Report of the Indian Hemp Drugs Commission, 1894-1895 - Volume IV
Year: 1894
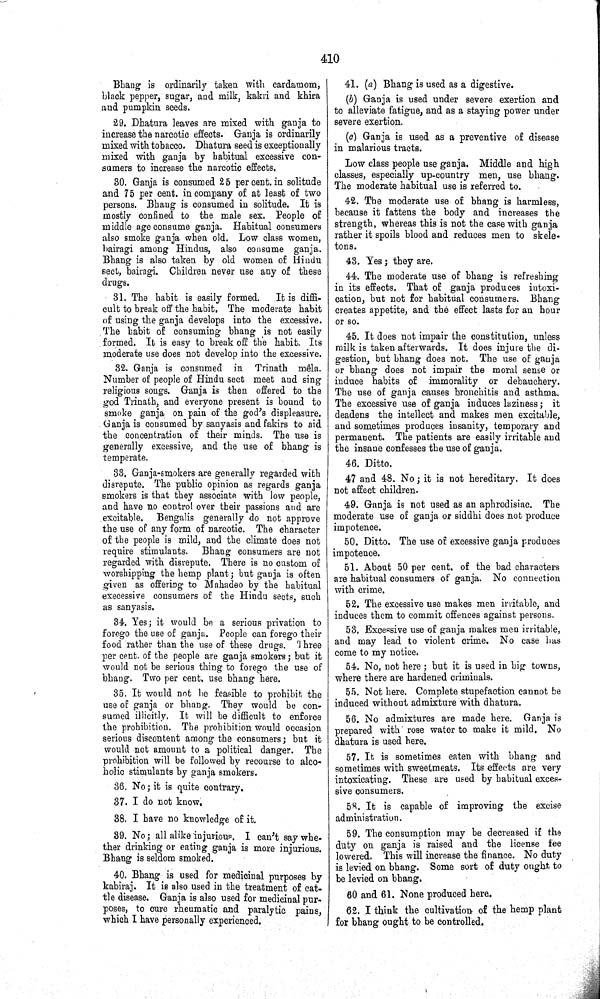
410
Bhang is ordinarily taken with cardamom,
black pepper, sugar, and milk, kakri and khira
and pumpkin seeds.
29. Dhatura leaves are mixed with ganja to
increase the narcotic effects. Ganja is ordinarily
mixed with tobacco. Dhatura seed is exceptionally
mixed with ganja by habitual excessive con-
sumers to increase the narcotic effects.
30. Ganja is consumed 25 per cent. in solitude
and 75 per cent. in company of at least of two
persons. Bhang is consumed in solitude. It is
mostly confined to the male sex. People of
middle age consume ganja. Habitual consumers
also smoke ganja when old. Low class women,
bairagi among Hindus, also consume ganja.
Bhang is also taken by old women of Hindu
sect, bairagi. Children never use any of these
drugs.
31. The habit is easily formed.
It is diffi-
cult to break off the habit. The moderate habit
of using the ganja develops into the excessive.
The habit of consuming bhang is not easily
formed. It is easy to break off the habit. Its
moderate use does not develop into the excessive.
32. Ganja is consumed in Trinath mêla.
Number of people of Hindu sect meet and sing
religious songs. Ganja is then offered to the
god Trinath, and everyone present is bound to
smoke ganja on pain of the god's displeasure.
Ganja is consumed by sanyasis and fakirs to aid
the concentration of their minds. The use is
generally excessive, and the use of bhang is
temperate.
33. Ganja-smokers are generally regarded with
disrepute. The public opinion as regards ganja
smokers is that they associate with low people,
and have no control over their passions and are
excitable. Bengalis generally do not approve
the use of any form of narcotic. The character
of the people is mild, and the climate does not
require stimulants. Bhang consumers are not
regarded with disrepute. There is no custom of
worshipping the hemp plant; but ganja is often
given as offering to Mahadeo by the habitual
execessive consumers of the Hindu sects, such
as sanyasis.
34. Yes; it would be a serious privation to
forego the use of ganja. People can forego their
food rather than the use of these drugs. Three
per cent. of the people are ganja smokers; but it
would not be serious thing to forego the use of
bhang. Two per cent. use bhang here.
35. It would not be feasible to prohibit the
use of ganja or bhang. They would be con-
sumed illicitly. It will be difficult to enforce
the prohibition. The prohibition would occasion
serious discontent among the consumers; but it
would not amount to a political danger. The
prohibition will be followed by recourse to alco-
holic stimulants by ganja smokers.
36. No; it is quite contrary.
37. I do not know.
38. I have no knowledge of it.
39. No; all alike injurious. I can't say whe-
ther drinking or eating ganja is more injurious.
Bhang is seldom smoked.
40. Bhang is used for medicinal purposes by
kabiraj. It is also used in the treatment of cat-
tle disease. Ganja is also used for medicinal pur-
poses, to cure rheumatic and paralytic pains,
which I have personally experienced.
41. (a) Bhang is used as a digestive.
(b) Ganja is used under severe exertion and
to alleviate fatigue, and as a staying power under
severe exertion.
(c) Ganja is used as a preventive of disease
in malarious tracts.
Low class people use ganja. Middle and high
classes, especially up-country men, use bhang.
The moderate habitual use is referred to.
42. The moderate use of bhang is harmless,
because it fattens the body and increases the
strength, whereas this is not the case with ganja
rather it spoils blood and reduces men to skele-
tons.
43. Yes; they are.
44. The moderate use of bhang is refreshing
in its effects. That of ganja produces intoxi-
cation, but not for habitual consumers. Bhang
creates appetite, and the effect lasts for an hour
or so.
45. It does not impair the constitution, unless
milk is taken afterwards. It does injure the di-
gestion, but bhang does not. The use of ganja
or bhang does not impair the moral sense or
induce habits of immorality or debauchery.
The use of ganja causes bronchitis and asthma.
The excessive use of ganja induces laziness; it
deadens the intellect and makes men excitable,
and sometimes produces insanity, temporary and
permanent. The patients are easily irritable and
the insane confesses the use of ganja.
46. Ditto.
47 and 48. No; it is not hereditary. It does
not affect children.
49. Ganja is not used as an aphrodisiac. The
moderate use of ganja or siddhi does not produce
impotence.
50. Ditto. The use of excessive ganja produces
impotence.
51. About 50 per cent. of the bad characters
are habitual consumers of ganja. No connection
with crime.
52. The excessive use makes men irritable, and
induces them to commit offences against persons.
53. Excessive use of ganja makes men irritable,
and may lead to violent crime. No case has
come to my notice.
54. No, not here; but it is used in big towns,
where there are hardened criminals.
55. Not here. Complete stupefaction cannot be
induced without admixture with dhatura.
56. No admixtures are made here. Ganja is
prepared with rose water to make it mild. No
dhatura is used here.
57. It is sometimes eaten with bhang and
sometimes with sweetmeats. Its effects are very
intoxicating. These are used by habitual exces-
sive consumers.
58. It is capable of improving the excise
administration.
59. The consumption may be decreased if the
duty on ganja is raised and the license fee
lowered. This will increase the finance. No duty
is levied on bhang. Some sort of duty ought to
be levied on bhang.
60 and 61. None produced here.
62. I think the cultivation of the hemp plant
for bhang ought to be controlled.